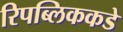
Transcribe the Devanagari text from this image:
रिपब्लिककडे